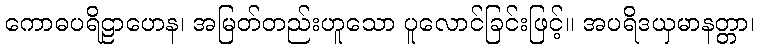
ကောဓပရိဠာဟေန၊ အမြတ်တည်းဟူသော ပူလောင်ခြင်းဖြင့်။ အပရိဒယှမာနတ္တာ၊